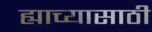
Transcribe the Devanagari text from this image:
ह्याच्यासाठी